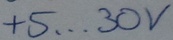
Text: +5...30V